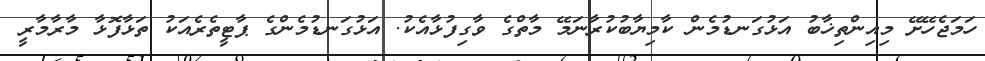
ހަމަޖެހޭށޭ މިއިންތިޚާބު އަޅުގަނޑުމެން ކާމިޔާބުކުރާނަމޭ މާތްގެ ވާގިފުޅާއެކު. އަޅުގަނޑުމެންގެ ޕާޓީތެރެއަކު ތަޅާފޮޅާ މާރާމާރީ